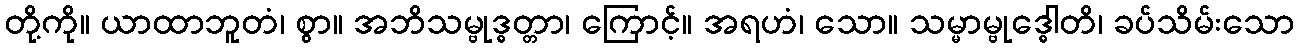
တို့ကို။ ယာထာဘူတံ၊ စွာ။ အဘိသမ္ဗုဒ္ဓတ္တာ၊ ကြောင့်။ အရဟံ၊ သော။ သမ္မာမ္ဗုဒ္ဓေါတိ၊ ခပ်သိမ်းသော